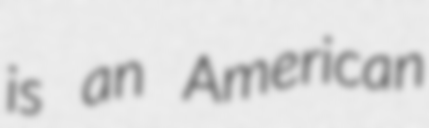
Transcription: is an American